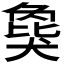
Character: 𬌾